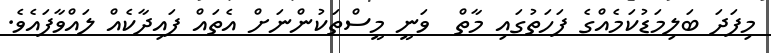
މިފަދަ ބަލިމަޑުކަމެއްގެ ފަހަތުގައި މާތް  ވަނީ މީސްތަކުންނަށް އެތައް ފައިދާކެއް ލައްވާފައެވެ.